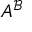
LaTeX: A ^ { \mathcal { B } }